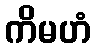
ကိမဟံ